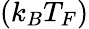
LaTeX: (k_{B}T_{F})